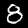
Label: 8